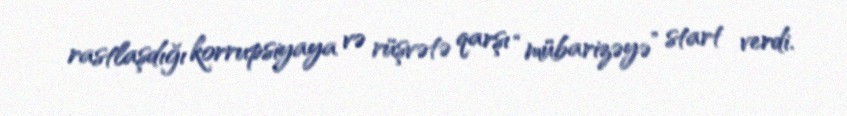
rastlaşdığı korrupsiyaya və rüşvətə qarşı “mübarizəyə” start verdi.